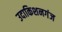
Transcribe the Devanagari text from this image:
उदाकिशनगंज